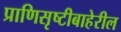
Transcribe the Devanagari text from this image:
प्राणिसृष्टीबाहेरील